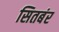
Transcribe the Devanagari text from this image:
सितबंर